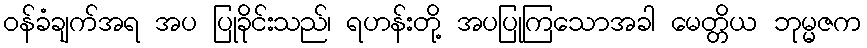
ဝန်ခံချက်အရ အပ ပြုခိုင်းသည်၊ ရဟန်းတို့ အပပြုကြသောအခါ မေတ္တိယ ဘုမ္မဇက